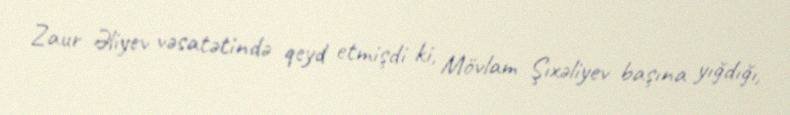
Zaur Əliyev vəsatətində qeyd etmişdi ki, Mövlam Şıxəliyev başına yığdığı,